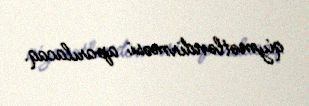
qiymətləndirməsi aparılacaq.